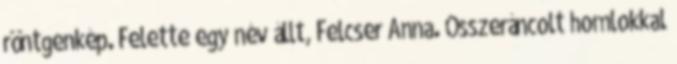
röntgenkép. Felette egy név állt, Felcser Anna. Összeráncolt homlokkal